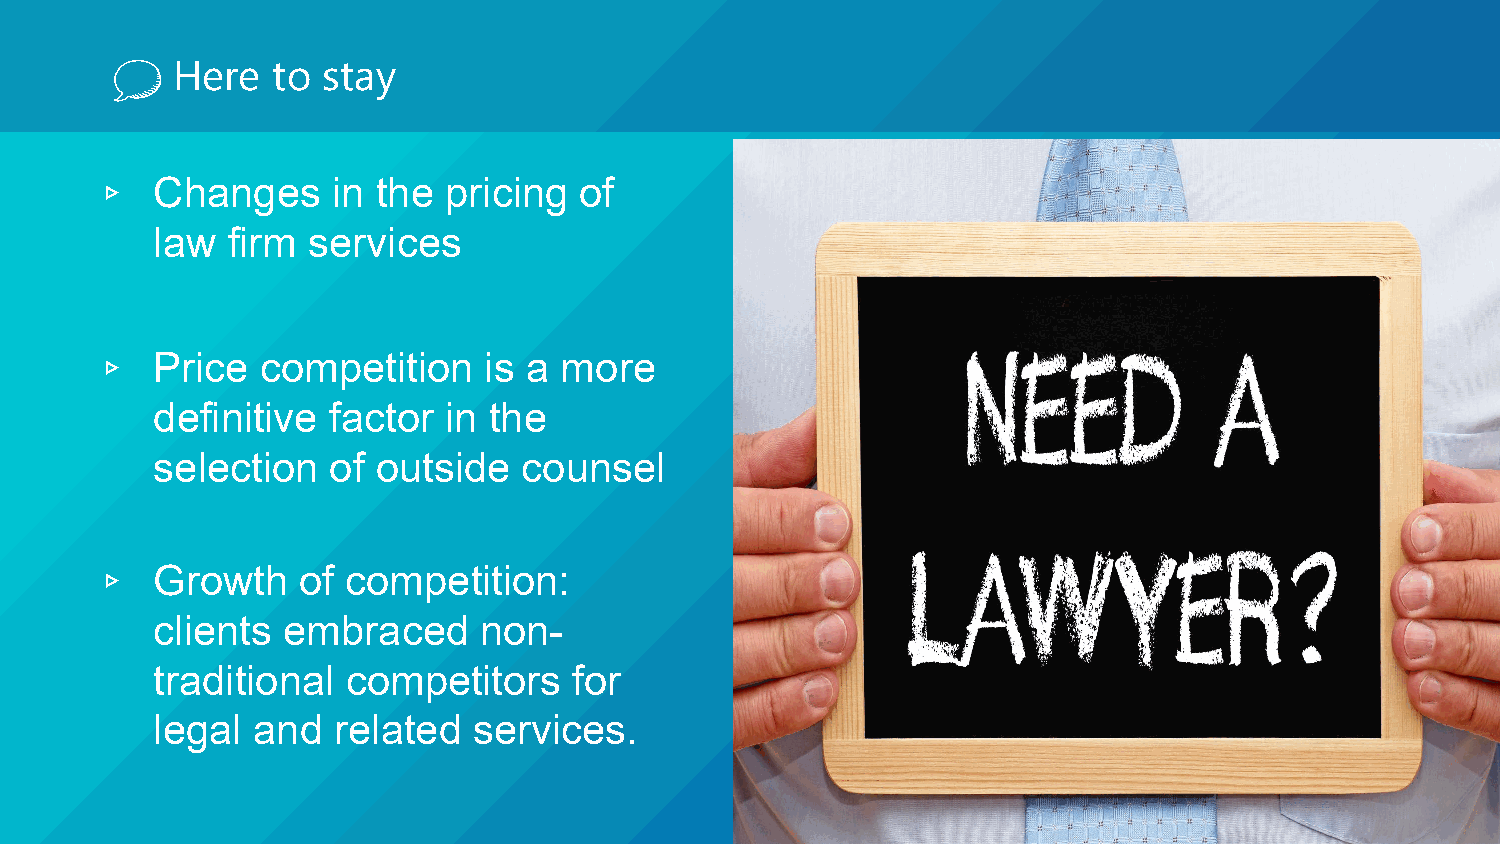
Here   to stay
 Changes     in the pricing  of
 law  firm services
 ▹
 Price  competition    is a more
 definitive  factor in the
 ▹
 selection   of outside   counsel
 Growth    of competition:
 clients  embraced     non-
 ▹
 traditional  competitors    for
 legal  and  related  services.
 14